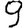
Digit: 9